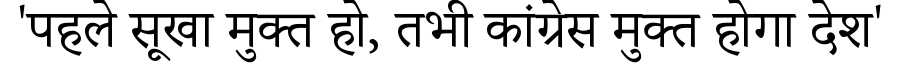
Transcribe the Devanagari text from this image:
'पहले सूखा मुक्त हो, तभी कांग्रेस मुक्त होगा देश'